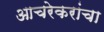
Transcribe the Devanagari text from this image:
आचरेकरांचा